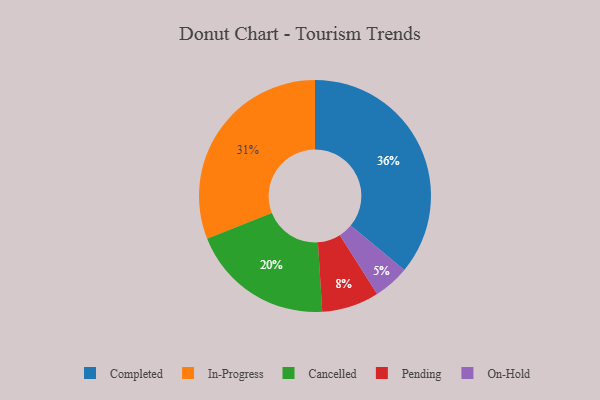
{"axis": {"x": "Category", "y": "Percentage"}, "legend": ["Cancelled", "Completed", "In-Progress", "On-Hold", "Pending"], "data": [{"x": "On-Hold", "y": 5, "type": "On-Hold"}, {"x": "Completed", "y": 36, "type": "Completed"}, {"x": "Cancelled", "y": 20, "type": "Cancelled"}, {"x": "Pending", "y": 8, "type": "Pending"}, {"x": "In-Progress", "y": 31, "type": "In-Progress"}]}